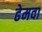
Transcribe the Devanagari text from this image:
ढेमवा